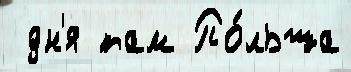
 дн'я там По́льша